Vital statistics of India. Vol. VI, European troops 1870-79
Year: 1870
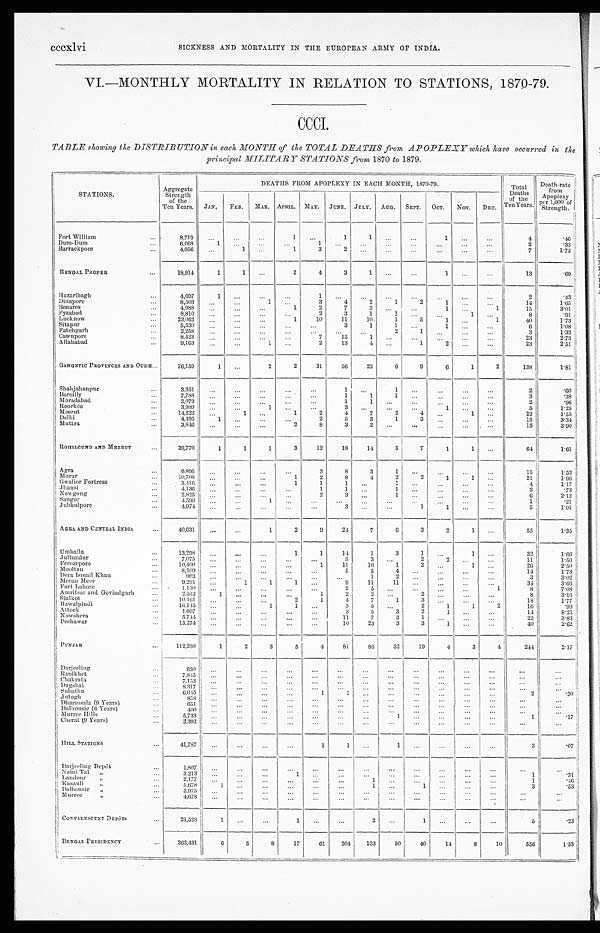
cccxlvi
SICKNESS AND MORTALITY IN THE EUROPEAN ARMY OF INDIA.
VI.—MONTHLY MORTALITY IN RELATION TO STATIONS, 1870-79.
CCCI.
TABLE showing the DISTRIBUTION in each MONTH of the TOTAL DEATHS from APOPLEXY which have occurred in the
principal MILITARY STATIONS from 1870 to 1879.
STATIONS.
Aggregate
Strength
of the
Ten Years.
DEATHS FROM APOPLEXY IN EACH MONTH, 1870-79.
Total
Deaths
of the
Ten Years.
Death-rate
from
Apoplexy
per 1,000 of
Strength.
JAN. FEB. MAR. APRIL. MAY. JUNE. JULY. AUG. SEPT. OCT. NOV. DEC.
Fort William
. . .
8,719
...
...
. . . 1
. . . 1
1 ...
. . . 1 ...
...
4
. 4 6
Dum-Dum
. . .
6,068
1 ...
. . . ...
. . . ...
...
...
. . . ... ...
. . .
2
.33
Barrackpore
. . .
4,056
...
1
. . . 1
3 2
. . .
. . . ...
...
...
...
7
1.72
BENGAL PROPER
. . .
18,914
1
1
. . . 2
4
3
1 ...
. . . 1
...
...
13
.69
Hazaribagh
. . .
4,697
1
. . .
. . .
...
1
. . . ...
...
. . .
...
...
...
2
.43
Di napor e
...
8,503
. . .
. . .
1
. . .
3
4
2
1
2
1 ...
. . .
14
1.65
Benares
. . .
4,988
. . . ...
...
1
2
7
3
. . .
. . .
1 ...
1
15
3.01
Fyzabad
. . .
8,810
. . .
. . .
...
...
2
3
1
1 ...
... 1
. . .
8
.91
Lucknow
. . .
23,062
. . . ...
. . .
1
10
11
10
1
5
1 ...
1
40
1.73
Sitapur
. . .
5,530
. . .
. . .
. . .
. . .
. . .
3
1
1
. . .
1...
. . .
6
1.08
Fatchgarh
. . .
2,258
...
. . .
...
. . .
. . .
. . .
. . .
2
1
... ...
...
3
1.33
Cawnpore
. . .
8,423
. . . ...
. . . . . .
7
15
1
. . .
. . .
. . .
...
...
23
2.73
Allahabad
...
9,163
...
...
1 ...
2
13
4
. . .
1 2
...
...
23
2.51
GANGETIC PROVINCES AND OUDH . . .
76,159
1 ...
2
2
31
56
22
6
9
6
1
2
138
1.81
Shahjahanpur
. . .
3,351
. . . ...
...
. . . ...
1
. . .
1 . . .
. . .
...
...
2
.60
Ba r e i l l y
. . .
7,788
. . . ...
. . .
. . . ...
1
1
1
. . . ... ...
. . .
3
.38
Moradabad
...
2,079
...
. . .
. . . ...
...
1
1
. . .
. . .
. . .
...
. . .
2
.96
Roorkee
...
3,989
. . .
...
. . . ...
. . .
3
. . . ...
...
1 ...
. . .
5
1.25
Meerut
. . .
14,222
...
1
. . .
1
2
4
7
2
4
. . . 1
. . .
22
1.55
Delhi
. . .
4,495
1
. . .
. . .
. . .
2
5
3
1
3
. . . ...
...
15
3.34
Muttra
...
3,846
...
...
...
2
8
3
2
. . . ...
. . .
...
. . .
15
3.90
ROHILCUND AND MEERUT
. . .
39,770
1
1
1
3
12
18
14
5
7
1 1
. . .
64
1.61
Agra
...
9,896 ...
. . .
. . . ...
3
8
3
1
. . .
. . .
...
. . .
15
1.52
M o r a r
. . .
10,708
...
. . .
. . .
1
2
8
4
2
2
1
1
. . .
21
1.96
Gwalior Fortress
. . .
3,416
. . . ...
...
1
1
1 ...
1 ...
. . . ...
...
4
1.17
Jhansi
...
4,136
. . .
. . .
. . . ...
1
1
. . .
1 ...
... ...
. . .
3
.73
Nowgong
...
2,825
...
...
. . . ...
2
3 ...
1
. . . ...
...
...
6
2.12
Saugor
...
4,590
. . . ...
1 ...
...
...
. . .
...
. . .
... ...
. . .
1
.21
Jubbulpore
. . .
4,974
...
...
...
...
...
3
. . .
. . .
1
1 ...
...
5
1.01
AGRA AND CENTRAL INDIA.
. . .
40,631
... ...
1
2
9
24
7
6
3
2
1
. . .
55
1.35
Umbal l a
. . .
13,298
. . . ...
. . .
1
1
14
1
3
1
...
1 ...
32
1.66
Jul l undur
...
7,075
...
. . .
. . . . . .
. . .
5
3
. . .
2 2
. . . ...
11
1.56
Ferozepore
...
10,400
. . .
...
. . . ...
1
11
10
1
2 ...
1 ...
26
2.50
Mooltan
...
8 , 1 0 9
. . .
...
...
...
...
5
5
4
. . .
...
...
...
14
1.73
Dera Ismail Khan
. . .
993
. . . ...
. . .
. . .
. . .
...
1
2
. . . ... ...
. . .
3
3.02
Meean Meer
. . .
9,291
...
1
1
1 ...
9
11
11
. . . ...
...
...
34
3.66
Fort Lahore
... 1,130
...
. . .
. . .
. . .
. . .
2
5
. . . ...
...
. . .
1
8
7.08
Amritsar and Govindgarh
. . .
2,532
1 ...
...
...
1
2
2
. . .
2 ... ...
...
8
3.16
Sialkot
. . .
10,161
. . .
...
. . .
2
1
4
7
1
3 ...
. . . ...
18
1.77
Rawalpindi
. . .
16,145
...
. . .
1
1
. . .
3
5
. . .
2
1
1
2
16
.99
Attock
. . .
1,697
. . . ...
. . . ...
...
3
5
3
2
1
. . . ...
14
8.25
Nowshera
. . .
5,744 ...
. . .
. . .
. . .
. . .
11
7
3
1
. . . ...
...
22
3.83
Peshawar
...
1 5 , 2 7 4 ... ...
. . .
. . .
...
10
23
3
3
1 ...
...
40
2.62
PUNJA B
. . .
112,288 1
2
3
5
4
81
86
32
19
4
3
4
244
2.17
Darjeeling
...
630
...
. . . . . .
. . .
. . .
. . .
. . . ...
...
. . .
. . . ...
. . .
...
Ranikhet
. . .
7,845 . . .
. . .
. . .
. . .
...
...
...
...
...
...
. . . ...
...
. . .
C h a k r a t a
...
7,153 . . .
. . .
. . .
. . .
...
. . .
. . .
...
...
. . .
...
...
. . .
. . .
Dagshai
. . .
8,317 ...
...
. . .
. . .
...
. . .
. . .
. . .
. . . ...
...
...
. . .
...
Subathu
...
6,645
. . .
...
. . . ...
1
1
. . .
...
...
...
...
...
2
.30
Jutogh
...
858
. . .
. . . ...
. . . ...
...
. . .
...
. . . ...
...
...
. . .
. . .
Dharmsala (9 Years)
. . .
651 ...
...
...
...
...
. . .
. . .
. . .
. . .
... ...
. . .
. . .
. . .
Dalhousie (6 Years)
. . .
400
. . .
. . .
...
. . . ...
...
. . .
. . .
. . .
......
...
...
. . .
Murree Hills
. . .
5,733
. . .
. . .
. . .
. . . ...
. . .
. . .
1 ...
...
...
. . .
1
. 1 7
Cherat (9 Years)
...
3 , 3 9 2
...
. . .
...
...
. . .
...
...
. . .
. . . ...
. . . ...
...
. . .
HILL STATIONS
. . .
41,787
. . .
...
...
...
1
1 ...
1 ...
...
...
. . .
3 .07
Darjeeling Depôt
. . .
1,807
. . .
...
...
...
...
. . .
. . .
. . .
...
...
...
...
. . .
...
Naini Tal „
. . .
3 , 2 1 3
. . .
. . . ...
1
. . .
. . .
. . .
. . .
...
... ...
...
1 .31
Landour „
. . .
2,177
. . .
. . .
. . .
...
...
...
1
...
. . .
...
...
. . .
1
.46
Kasauli „
. . .
5 , 6 7 8
1
. . . ...
. . .
. . .
. . .
1
. . .
1
......
...
3
.53
Dalhousie „
. . .
3 , 9 7 5
. . . . . .
. . .
. . .
. . .
. . .
. . .
. . .
...
. . .
...
...
. . .
. . .
Murree „
. . .
4,678
...
...
. . .
. . .
. . .
. . .
. . .
...
...
. . .
. . . ...
. . .
. . .
CONVALESCENT DEPÔTS
. . .
21,528
1
. . .
. . .
1
. . .
. . .
2
. . .
1
... ...
...
5 .23
BENGAL PRESIDENCY
. . .
363,431
6
5
8
17
61
204 133
50
40
14
8
10
556 1.53